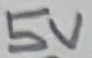
Text: 5V